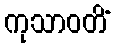
ကုသာဝတိံ